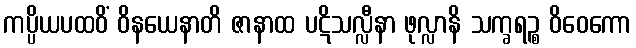
ကပ္ပိယပထဝိံ ဝိနယေနာတိ ဇာနာထ ပဋိသလ္လီနာ ဖုလ္လာနိ သက္ခရဉ္စ ဝိဝေကော